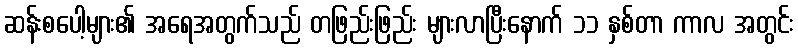
ဆန်းစပေါ့များ၏ အရေအတွက်သည် တဖြည်းဖြည်း များလာပြီးနောက် ၁၁ နှစ်တာ ကာလ အတွင်း